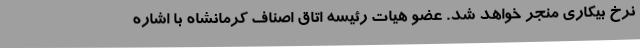
نرخ بیکاری منجر خواهد شد. عضو هیات رئیسه اتاق اصناف کرمانشاه با اشاره